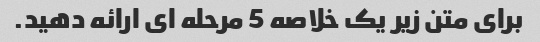
برای متن زیر یک خلاصه 5 مرحله ای ارائه دهید.